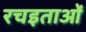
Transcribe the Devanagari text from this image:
रचइताओं